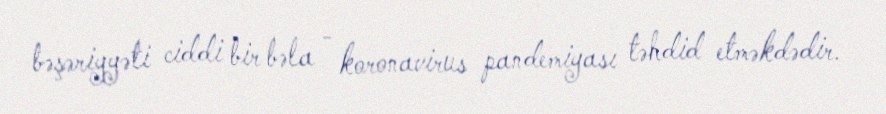
bəşəriyyəti ciddi bir bəla - koronavirus pandemiyası təhdid etməkdədir.